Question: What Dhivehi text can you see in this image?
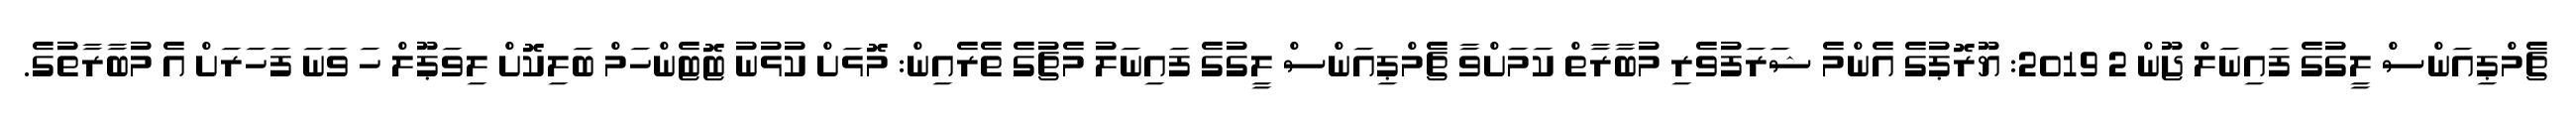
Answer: ޗެމްޕިއަންސް ލީގުގެ ފައިނަލް ޖޫން 2 2019: ޔޫރޮޕުގެ އެންމެ ޝަރަފުވެރި މުބާރާތް ކަމަށްވާ ޗެމްޕިއަންސް ލީގުގެ ފައިނަލު މެޗުގެ ތެރެއިން: މޮޅަށް ކުޅުނު ޓޮޓެންހަމް ބަލިކޮށް ލިވަޕޫލް ހަ ވަނަ ފަހަރަށް އެ މުބާރާތުގެ.